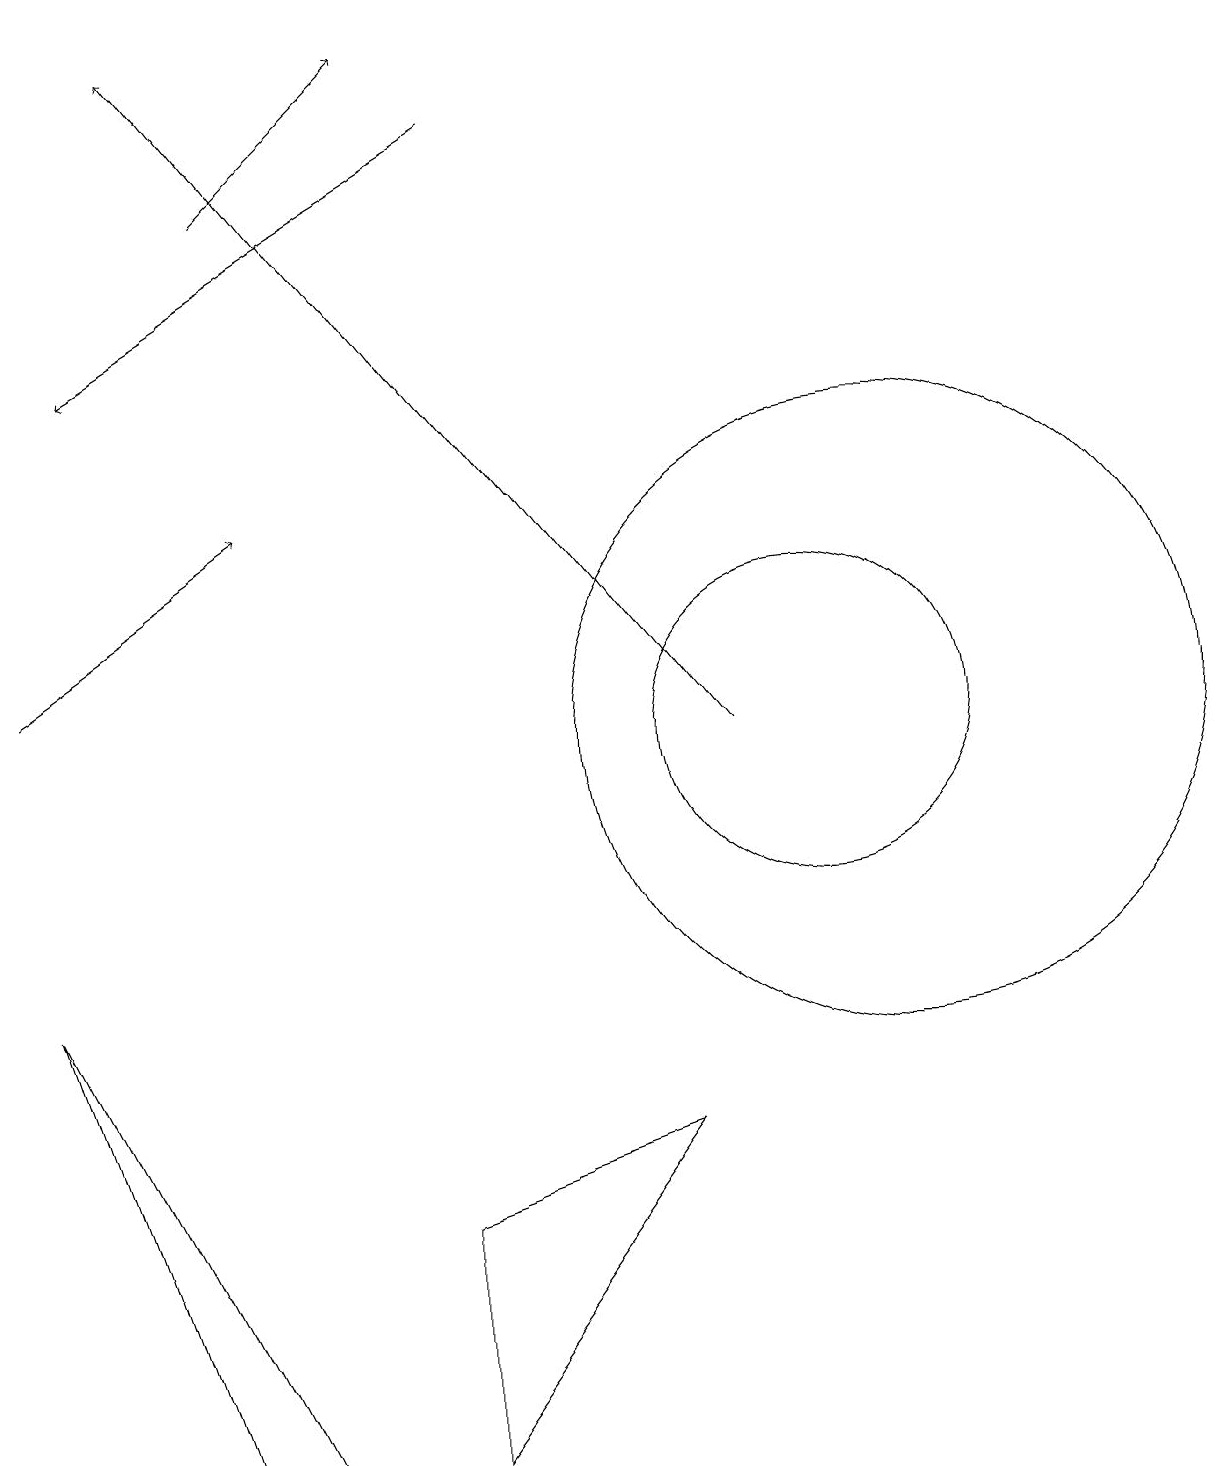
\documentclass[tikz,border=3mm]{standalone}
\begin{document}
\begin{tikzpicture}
\draw (10,10) circle (2);
\draw[->] (6,18) -- (1,15);
\draw (11,10) circle (4);
\draw (2,1) -- (3,1) -- (0,7) -- cycle;
\draw[->] (9,10) -- (2,19);
\draw[->] (0,11) -- (3,13);
\draw (5,4) -- (8,5) -- (5,1) -- cycle;
\draw[->] (3,17) -- (5,19);
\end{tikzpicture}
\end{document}